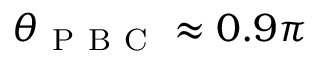
\theta _ { \mathrm { ~ P ~ B ~ C ~ } } \approx 0 . 9 \pi